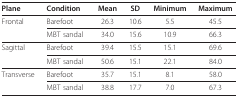
| Plane | Condition | Mean | SD | Minimum | Maximum |
 | --- | --- | --- | --- | --- | --- |
 | Frontal | Barefoot | 26.3 | 10.6 | 5.5 | 45.5 |
 |  | MBT sandal | 34.0 | 15.6 | 10.9 | 66.3 |
 | Sagittal | Barefoot | 39.4 | 15.5 | 15.1 | 69.6 |
 |  | MBT sandal | 50.6 | 15.1 | 22.1 | 84.0 |
 | Transverse | Barefoot | 35.7 | 15.1 | 8.1 | 58.0 |
 |  | MBT sandal | 38.8 | 17.7 | 7.0 | 67.3 |